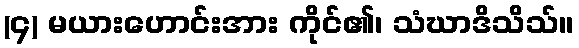
(၄) မယားဟောင်းအား ကိုင်၏၊ သံဃာဒိသိသ်။